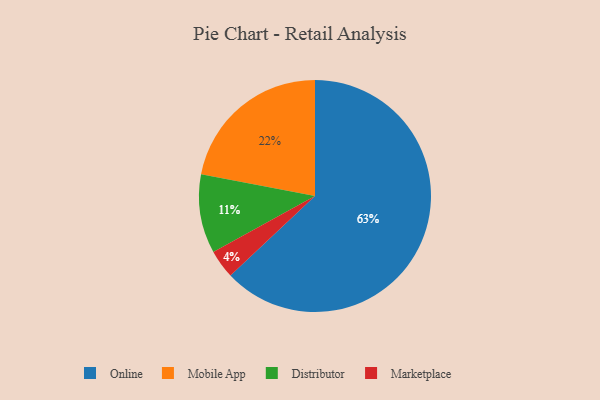
{"axis": {"x": "Category", "y": "Percentage"}, "legend": ["Distributor", "Marketplace", "Mobile App", "Online"], "data": [{"x": "Mobile App", "y": 22, "type": "Mobile App"}, {"x": "Marketplace", "y": 4, "type": "Marketplace"}, {"x": "Online", "y": 63, "type": "Online"}, {"x": "Distributor", "y": 11, "type": "Distributor"}]}